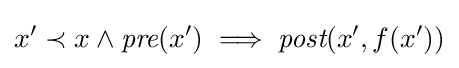
x'\prec x\land {\textit {pre}}(x')\implies {\textit {post}}(x',f(x'))